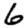
Digit: 6